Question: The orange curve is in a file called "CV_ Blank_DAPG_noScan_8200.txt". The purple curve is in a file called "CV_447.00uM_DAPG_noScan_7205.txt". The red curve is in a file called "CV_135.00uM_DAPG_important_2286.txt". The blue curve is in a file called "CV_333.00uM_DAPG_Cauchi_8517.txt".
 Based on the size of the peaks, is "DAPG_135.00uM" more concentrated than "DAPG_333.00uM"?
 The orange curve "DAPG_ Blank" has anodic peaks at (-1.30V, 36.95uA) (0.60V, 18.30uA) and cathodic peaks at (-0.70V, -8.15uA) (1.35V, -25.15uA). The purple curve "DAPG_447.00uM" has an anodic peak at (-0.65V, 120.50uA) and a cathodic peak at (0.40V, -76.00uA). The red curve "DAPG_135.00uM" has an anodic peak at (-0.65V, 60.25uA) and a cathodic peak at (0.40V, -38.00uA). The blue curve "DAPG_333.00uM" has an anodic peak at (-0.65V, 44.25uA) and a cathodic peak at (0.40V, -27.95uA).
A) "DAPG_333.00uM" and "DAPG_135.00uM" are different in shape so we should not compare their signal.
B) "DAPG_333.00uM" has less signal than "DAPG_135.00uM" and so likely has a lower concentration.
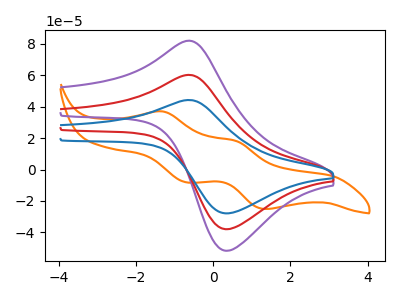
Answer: <think>All the peaks in "DAPG_333.00uM" have a peak in "DAPG_135.00uM" at the same potential. Every peak in "DAPG_333.00uM" is lower than every peak in "DAPG_135.00uM".
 </think>
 <answer>B) "DAPG_333.00uM" has less signal than "DAPG_135.00uM" and so likely has a lower concentration.</answer>
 <eval>B</eval>